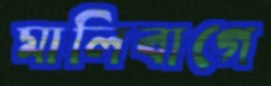
মালিবাগে